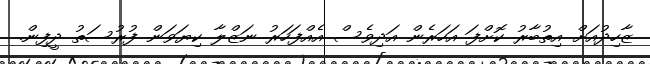
ޒާހިދުއަށް އިތުބާރު ކޮށްފަ އަހަރެން އަދިވެސް އެއްފަހަރު ނަޒްލާ ކިޔަވަން ފުރުސަތު ދީފިން.